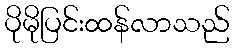
ပိုမိုပြင်းထန်လာသည်